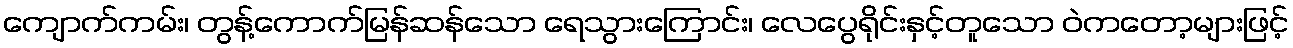
ကျောက်ကမ်း၊ တွန့်ကောက်မြန်ဆန်သော ရေသွားကြောင်း၊ လေပွေရိုင်းနှင့်တူသော ဝဲကတော့များဖြင့်